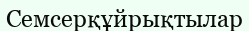
Семсерқұйрықтылар